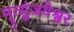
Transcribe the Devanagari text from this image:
मॄत्युंजयेश्वर